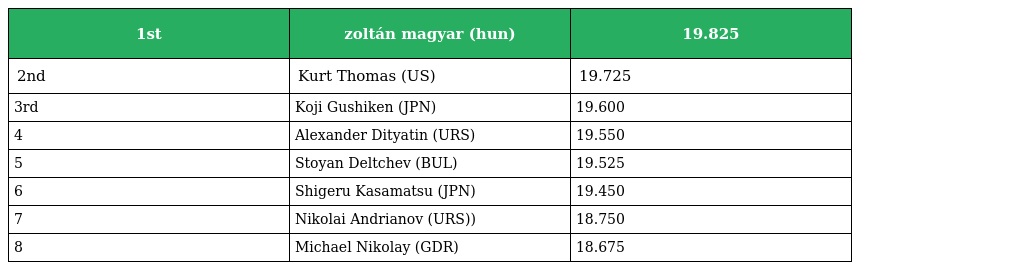
| 1st | zoltán magyar (hun) | 19.825 |
 | --- | --- | --- |
 | 2nd | Kurt Thomas (US) | 19.725 |
 | 3rd | Koji Gushiken (JPN) | 19.600 |
 | 4 | Alexander Dityatin (URS) | 19.550 |
 | 5 | Stoyan Deltchev (BUL) | 19.525 |
 | 6 | Shigeru Kasamatsu (JPN) | 19.450 |
 | 7 | Nikolai Andrianov (URS)) | 18.750 |
 | 8 | Michael Nikolay (GDR) | 18.675 |